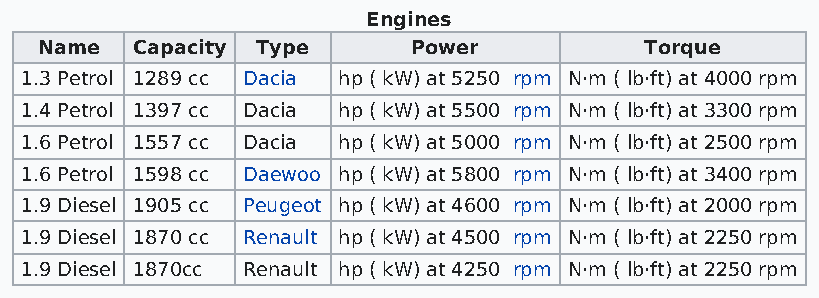
Engines
 Name   Capacity Type     Power           Torque
 1.3 Petrol 1289 cc Dacia hp ( kW) at 5250 rpm N·m ( lb·ft) at 4000 rpm
 1.4 Petrol 1397 cc Dacia hp ( kW) at 5500 rpm N·m ( lb·ft) at 3300 rpm
 1.6 Petrol 1557 cc Dacia hp ( kW) at 5000 rpm N·m ( lb·ft) at 2500 rpm
 1.6 Petrol 1598 cc Daewoo hp ( kW) at 5800 rpm N·m ( lb·ft) at 3400 rpm
 1.9 Diesel 1905 cc Peugeot hp ( kW) at 4600 rpm N·m ( lb·ft) at 2000 rpm
 1.9 Diesel 1870 cc Renault hp ( kW) at 4500 rpm N·m ( lb·ft) at 2250 rpm
 1.9 Diesel 1870cc Renault hp ( kW) at 4250 rpm N·m ( lb·ft) at 2250 rpm